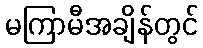
မကြာမီအချိန်တွင်